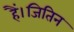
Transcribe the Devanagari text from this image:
हैं।जितिन